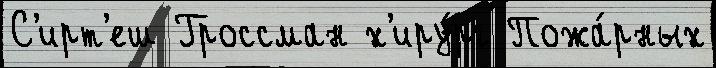
С'ирт'еш Гроссман х'иру́рг Пожа́рных